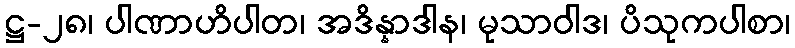
ဋ္ဌ-၂၈၊ ပါဏာဟိပါတ၊ အဒိန္နာဒါန၊ မုသာဝါဒ၊ ပိသုကပါစာ၊